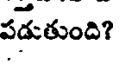
పడుతుంది?